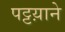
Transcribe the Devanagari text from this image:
पट्टय़ाने